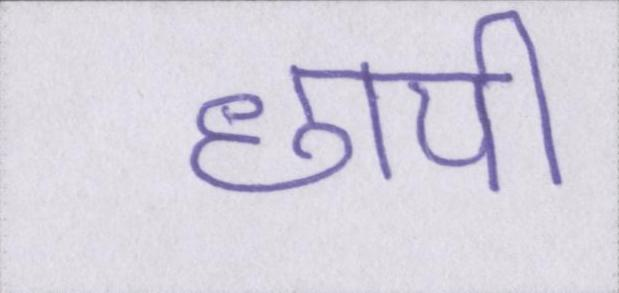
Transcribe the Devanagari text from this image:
छापी